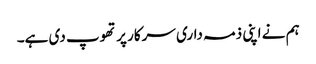
ہم نے اپنی ذمہ داری سرکار پر تھوپ دی ہے۔